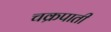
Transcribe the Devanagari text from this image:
चक्रपाती